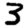
Digit: 3